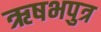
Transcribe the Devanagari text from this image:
ऋषभपुत्र